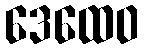
ဒေထေဝ